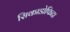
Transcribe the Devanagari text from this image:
सिकाडोफिटा